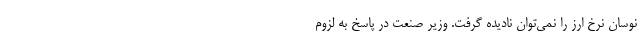
نوسان نرخ ارز را نمی‌توان نادیده گرفت. وزیر صنعت در پاسخ به لزوم